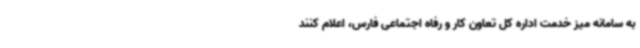
به سامانه میز خدمت اداره کل تعاون کار و رفاه اجتماعی فارس، اعلام کنند